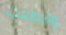
وقطعت